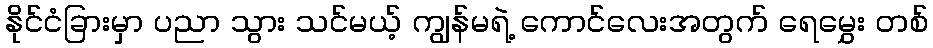
နိုင်ငံခြားမှာ ပညာ သွား သင်မယ့် ကျွန်မရဲ့ ကောင်လေးအတွက် ရေမွှေး တစ်